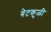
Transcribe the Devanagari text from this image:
बेटकुळी